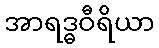
အာရဒ္ဓဝီရိယာ